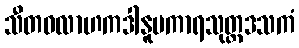
သီတဝလာဟကဒါနူပကာရသုတ္တဒသကံ